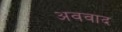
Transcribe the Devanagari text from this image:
अववाद